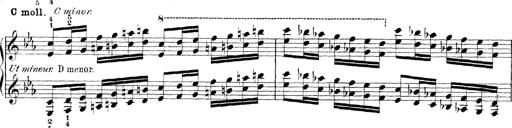
Title: Technische Studien
Composer: Franz Liszt